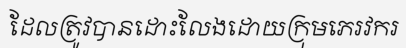
ដែលត្រូវបានដោះលែងដោយក្រុមភេរវករ